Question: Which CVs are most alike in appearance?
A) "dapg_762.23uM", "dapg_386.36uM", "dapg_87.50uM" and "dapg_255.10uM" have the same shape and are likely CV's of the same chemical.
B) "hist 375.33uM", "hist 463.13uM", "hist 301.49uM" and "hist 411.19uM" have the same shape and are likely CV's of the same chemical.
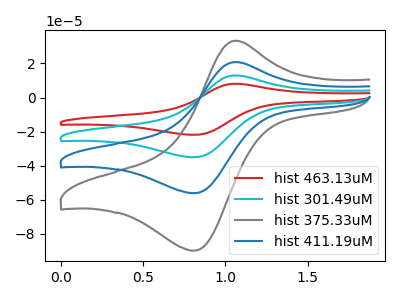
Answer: <think>The red curve "hist 463.13uM" has an anodic peak at (1.05V, 62.50uA) and a cathodic peak at (0.80V, -168.10uA). The cyan curve "hist 301.49uM" has an anodic peak at (1.05V, 41.70uA) and a cathodic peak at (0.80V, -112.05uA). The gray curve "hist 375.33uM" has an anodic peak at (1.05V, 33.40uA) and a cathodic peak at (0.80V, -89.75uA). The blue curve "hist 411.19uM" has an anodic peak at (1.05V, 20.85uA) and a cathodic peak at (0.80V, -56.05uA).
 All the peaks in "hist 463.13uM" have a peak in "hist 301.49uM" at the same potential. Every peak in "hist 463.13uM" is higher than every peak in "hist 301.49uM". All the peaks in "hist 463.13uM" have a peak in "hist 375.33uM" at the same potential. Every peak in "hist 463.13uM" is higher than every peak in "hist 375.33uM". All the peaks in "hist 463.13uM" have a peak in "hist 411.19uM" at the same potential. Every peak in "hist 463.13uM" is higher than every peak in "hist 411.19uM". All the peaks in "hist 301.49uM" have a peak in "hist 375.33uM" at the same potential. Every peak in "hist 301.49uM" is higher than every peak in "hist 375.33uM". All the peaks in "hist 301.49uM" have a peak in "hist 411.19uM" at the same potential. Every peak in "hist 301.49uM" is higher than every peak in "hist 411.19uM". All the peaks in "hist 375.33uM" have a peak in "hist 411.19uM" at the same potential. Every peak in "hist 375.33uM" is higher than every peak in "hist 411.19uM".</think>
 <answer>B) "hist 375.33uM", "hist 463.13uM", "hist 301.49uM" and "hist 411.19uM" have the same shape and are likely CV's of the same chemical.</answer>
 <eval>B</eval>